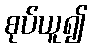
စုပ်ယူ၍